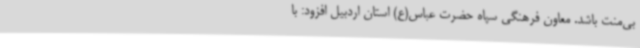
بی‌منت باشد. معاون فرهنگی سپاه حضرت عباس(ع) استان اردبیل افزود: با